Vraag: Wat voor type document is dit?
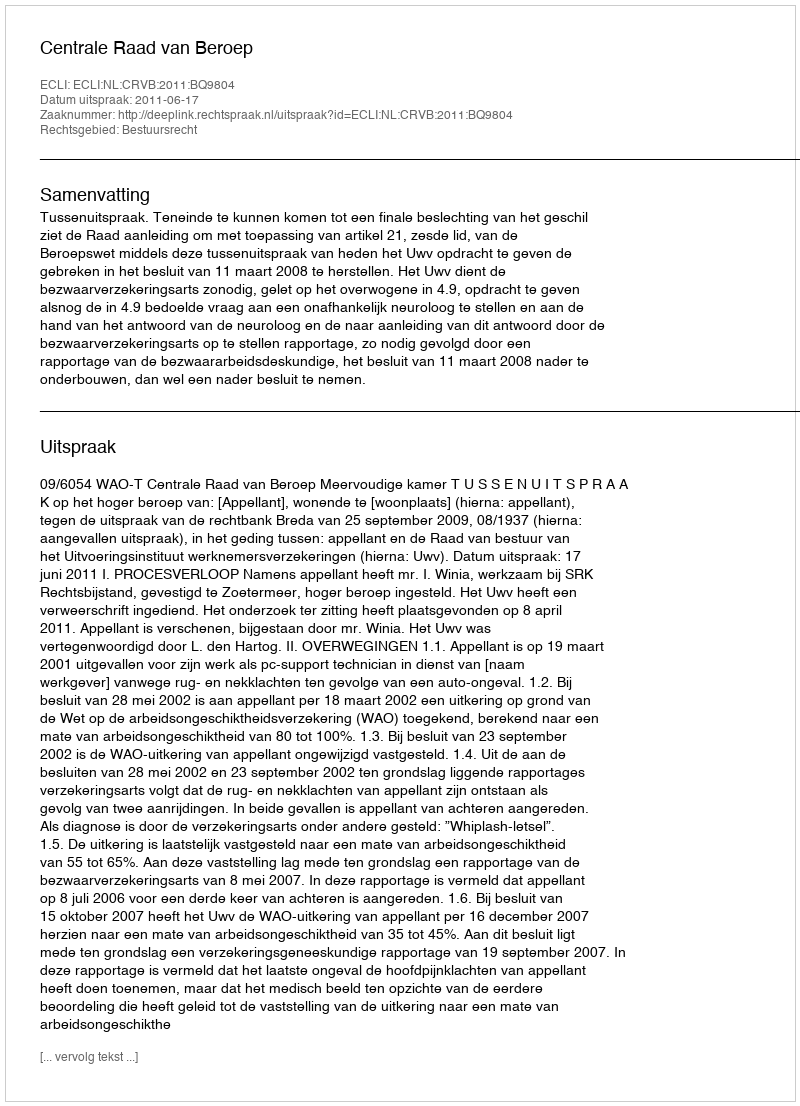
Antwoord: Uitspraak